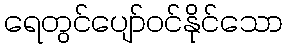
ရေတွင်ပျော်ဝင်နိုင်သော